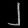
Digit: ၂